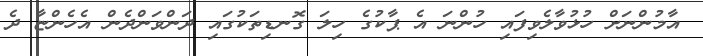
އާމުންނަށް ހުޅުވާލެވިފައި ހުންނަ އެ ޕާކުގެ ހިލަ ގޮނޑިތަކުގައި ދަންވަންދެން އެހެންޏާ ދެ